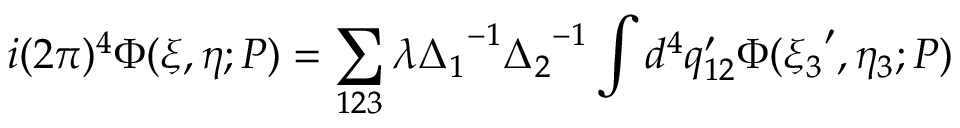
i ( 2 \pi ) ^ { 4 } \Phi ( \xi , \eta ; P ) = \sum _ { 1 2 3 } \lambda { \Delta _ { 1 } } ^ { - 1 } { \Delta _ { 2 } } ^ { - 1 } \int d ^ { 4 } q _ { 1 2 } ^ { \prime } \Phi ( { \xi _ { 3 } } ^ { \prime } , { \eta _ { 3 } } ; P )